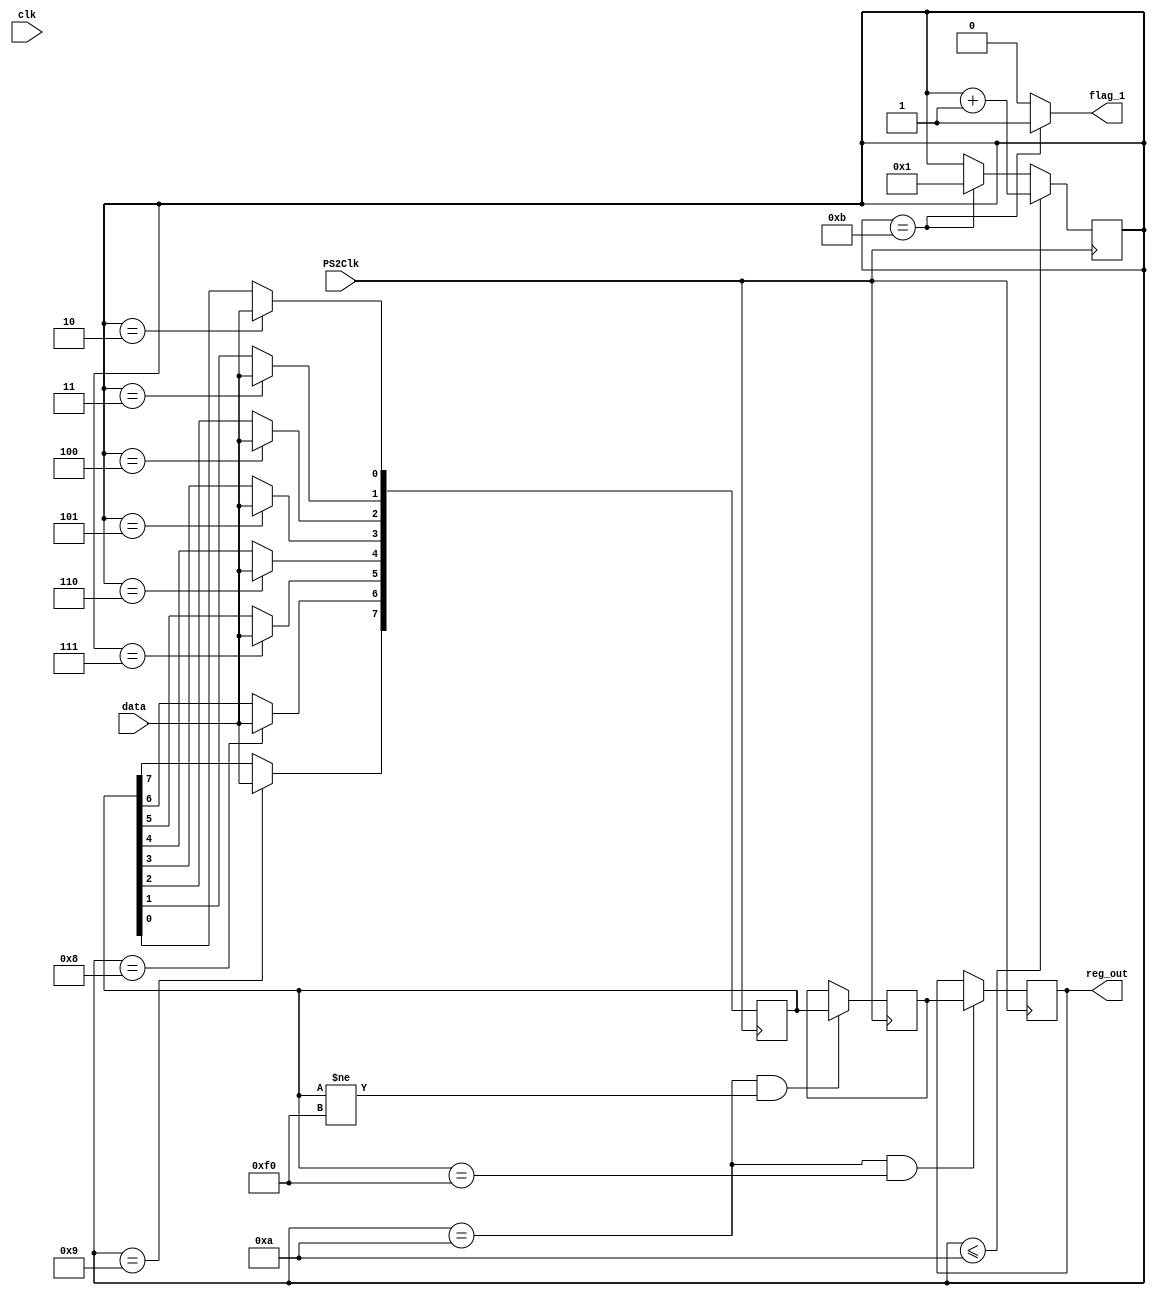
module keyboard(
input wire clk,
input wire PS2Clk, // Clock pin form keyboard
input wire data, //Data pin form keyboard
output reg [7:0]reg_out, //ascii of number pressed
output wire flag_1
);
reg [7:0] data_next; // holding current pressed button's data stream coming from keyboard
reg [7:0] data_prev; // holding previous pressed button's data stream 
reg [3:0] b; // single bit coming from data pin of keyboard at the neg edge of keyboard clock
reg flag;// marks the ending bit of bitstream of button pressed
assign flag_1 = (b == 11)?1:0;
initial
    begin
        b<=4'h1;
        flag<=1'b0;
        data_next<=8'hf0;
        data_prev<=8'hf0;
        reg_out<=8'hff;
    end
    
always @(negedge PS2Clk) //Activating at negative edge of clock from keyboard
    begin
        case(b)
            1:; //first bit
            2:data_next[0]<=data;
            3:data_next[1]<=data;
            4:data_next[2]<=data;
            5:data_next[3]<=data;
            6:data_next[4]<=data;
            7:data_next[5]<=data;
            8:data_next[6]<=data;
            9:data_next[7]<=data;
            10:flag<=1'b1; //Parity bit
            11: begin 
                flag<=1'b0; //Ending bit
                end
        endcase
    end
 //incrementing counter for bits
 always @(negedge PS2Clk)
    begin   
        if(b<=10)
            b<=b+1;
        else if(b==11)
            b<=1; // reset counter to 1 when counter = 11
    end

// storing the scan code in 'reg_out' when button that was pressed is relaesed,
// and hence 8'hf0 is being sent on the data pin
always@(negedge PS2Clk) 
begin
    if(b == 10 && data_next==8'hf0)
        reg_out<=data_prev;
end

always@(negedge PS2Clk) 
begin
    if(b == 10 && data_next!=8'hf0)
        data_prev<=data_next;
end 

endmodule